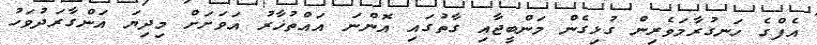
އެފްގެ ހަނގުރާމަވެރިން ގުޅިގެން މަންބީޖާއި ގާތުގައި އޮންނަ އައްތުޚާރު އަވަށަށް މިދިޔަ އަންގާރަދުވަހު